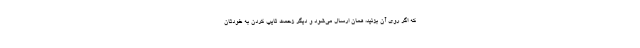
که اگر روی آن بزنید، همان ارسال می‌شود و دیگر زحمت تایپ کردن به خودتان